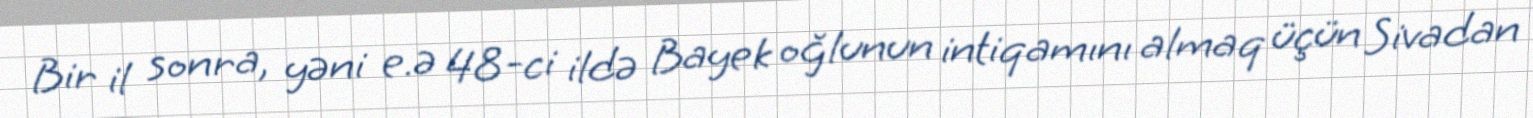
Bir il sonra, yəni e.ə 48-ci ildə Bayek oğlunun intiqamını almaq üçün Sivadan